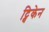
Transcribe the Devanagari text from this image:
ट्विकेन